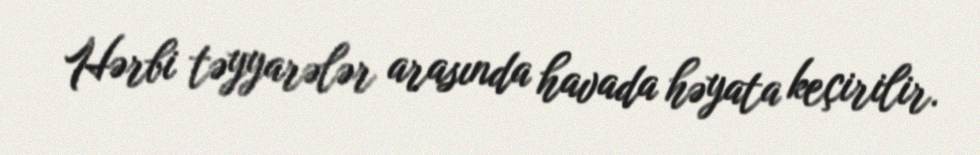
Hərbi təyyarələr arasında havada həyata keçirilir.